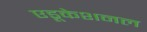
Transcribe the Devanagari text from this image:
एडूकेशनल